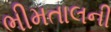
ભીમતાલની